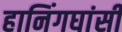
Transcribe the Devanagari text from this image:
हानिंगघांसी